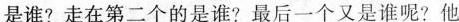
是谁?走在第二个的是谁?最后一个又是谁呢?他